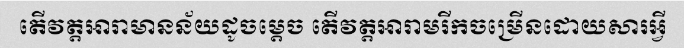
តើវត្តអារាមានន័យដូចម្តេច តើវត្តអារាមរីកចម្រើនដោយសារអ្វី